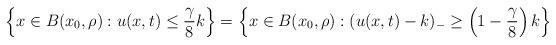
LaTeX: \begin{align*}\left\{x\in B(x_0,\rho): u(x,t)\le \frac \gamma 8 k \right\} = \left\{x\in B(x_0,\rho): (u(x,t)-k)_-\ge \left(1-\frac \gamma 8\right) k \right\}\end{align*}